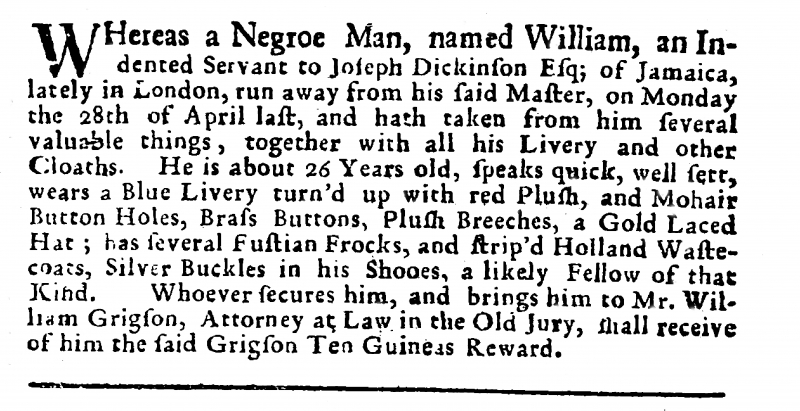
Daily Post Boy, 9 May 1729 (England)
WHereas a Negroe Man, named William, an Indented Servant to Joseph Dickinson, Esq; of Jamaica, lately in London, run away from his said Master, on Monday the 28th of April last, and hath taken from him several valuable things, together with all his Livery and other Cloaths. He is about 26 Years old, speaks quick, well sett, wears a Blue Livery turn’d up with red Plush, and Mohair Button Holes, Brass Buttons, Plush Breeches, a Gold Laced Hat; has several Fustian Frocks, and strip’d Holland Wastecoats, Silver Buckles in his Shooes, a likely Fellow of that Kind. Whoever secures him, and brings him to Mr. William Grigson, Attorney at Law in the Old Jury, shall receive of him the said Grigson Ten Guineas Reward.